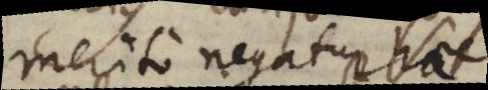
merito negatur haec